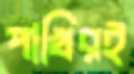
পাখিরই